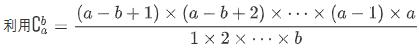
利用$\mathrm{C}_{a}^{b}=\frac{(a - b + 1)\times(a - b + 2)\times\cdots\times(a - 1)\times a}{1\times2\times\cdots\times b}$